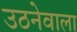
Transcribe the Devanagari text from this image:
उठनेवाला